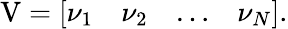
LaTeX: \mathrm{V}=\left[\begin{array}{llll}{\nu_{1}}&{\nu_{2}}&{\dots}&{\nu_{N}}\end{array}\right].